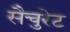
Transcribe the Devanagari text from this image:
सैचुरेट